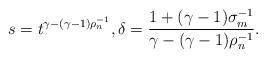
LaTeX: \begin{align*} s=t^{\gamma-(\gamma-1)\rho_n^{-1}}, \delta=\frac{1+(\gamma-1)\sigma_m^{-1}}{\gamma-(\gamma-1)\rho_n^{-1}}.\end{align*}